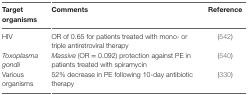
<table><thead><tr><td><b>Target organisms</b></td><td><b>Comments</b></td><td><b>Reference</b></td></tr></thead><tbody><tr><td>HIV</td><td>OR of 0.65 for patients treated with mono- or triple antiretroviral therapy</td><td>(542)</td></tr><tr><td><i>Toxoplasma gondii</i></td><td><i>Massive</i> (OR = 0.092) protection against PE in patients treated with spiramycin</td><td>(540)</td></tr><tr><td>Various organisms</td><td>52% decrease in PE following 10-day antibiotic therapy</td><td>(330)</td></tr></tbody></table>